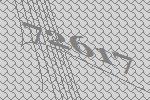
72617